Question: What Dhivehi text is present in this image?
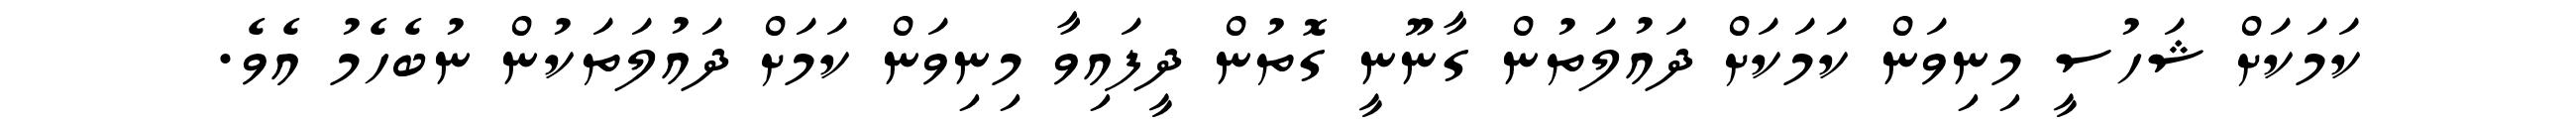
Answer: ކަމަކަށް ޝަހުސީ މިނިވަން ކަމަކަށް ދައުލަތުން ގާނޫނީ ގޮތުން ދީފައިވާ މިނިވަން ކަމަށް ދައުލަތަކުން ނުބެހެމު އެވެ.